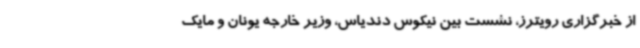
از خبرگزاری رویترز، نشست بین نیکوس دندیاس، وزیر خارجه یونان و مایک